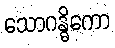
သောဂန္ဓိကော